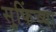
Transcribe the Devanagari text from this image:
सुफिंच्या